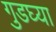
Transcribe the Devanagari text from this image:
गुडघ्या